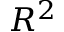
R ^ { 2 }